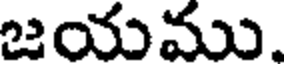
జయము.